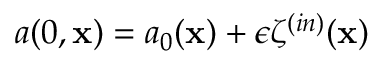
a ( 0 , \mathbf { x } ) = a _ { 0 } ( \mathbf { x } ) + \epsilon \zeta ^ { ( i n ) } ( \mathbf { x } )